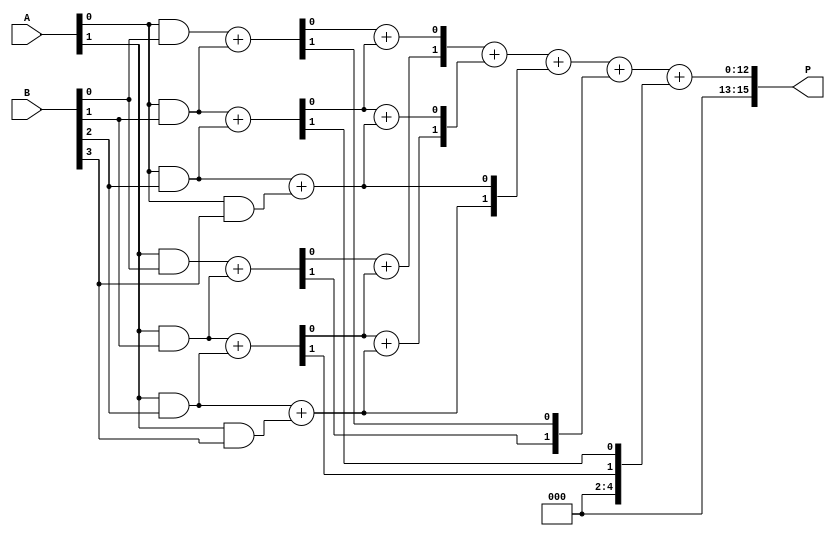
module wallace_tree_multiplier #(parameter N = 8) (
    input  wire [N-1:0] A,    // First operand
    input  wire [N-1:0] B,    // Second operand
    output wire [2*N-1:0] P   // Product output
);

// Step 1: Partial Product Generation
wire [N-1:0] pp [0:N-1];  // Partial products
genvar i, j;
generate
    for (i = 0; i < N; i = i + 1) begin : partial_product_gen
        for (j = 0; j < N; j = j + 1) begin : and_gate
            assign pp[i][j] = A[j] & B[i];
        end
    end
endgenerate

// Step 2: Wallace Tree Reduction
// Level 1 reduction
wire [N:0] level1_sum [0:N-1]; // Level 1 sums
wire [N:0] level1_carry [0:N-1]; // Level 1 carries

generate
    for (i = 0; i < N; i = i + 1) begin : level1
        if (i < N-1) begin
            assign {level1_carry[i][0], level1_sum[i][0]} = pp[i][0] + pp[i+1][0]; // Half adder
            assign {level1_carry[i][1], level1_sum[i][1]} = pp[i][1] + pp[i+1][1]; // Half adder
        end else begin
            assign level1_sum[i] = pp[i];  // Last row just passes through
        end
    end
endgenerate

// Level 2 reduction (assuming we can reduce two rows of sums)
wire [N:0] level2_sum [0:N-1]; // Level 2 sums
wire [N:0] level2_carry [0:N-1]; // Level 2 carries

generate
    for (i = 0; i < N; i = i + 1) begin : level2
        if (i < N-2) begin
            assign {level2_carry[i][0], level2_sum[i][0]} = level1_sum[i][0] + level1_sum[i+1][0]; // Half adder
            assign {level2_carry[i][1], level2_sum[i][1]} = level1_sum[i][1] + level1_sum[i+1][1]; // Half adder
        end else begin
            assign level2_sum[i] = level1_sum[i]; // Last row just passes through
        end
    end
endgenerate

// Step 3: Final Addition
wire [2*N-1:0] final_sum; // Final product

assign final_sum = level2_sum[0] + level2_sum[1] + level1_sum[2] + level1_carry[0] + level1_carry[1];

// Step 4: Output Assignment
assign P = final_sum;

endmodule